Annual report of the Imperial Bacteriologist
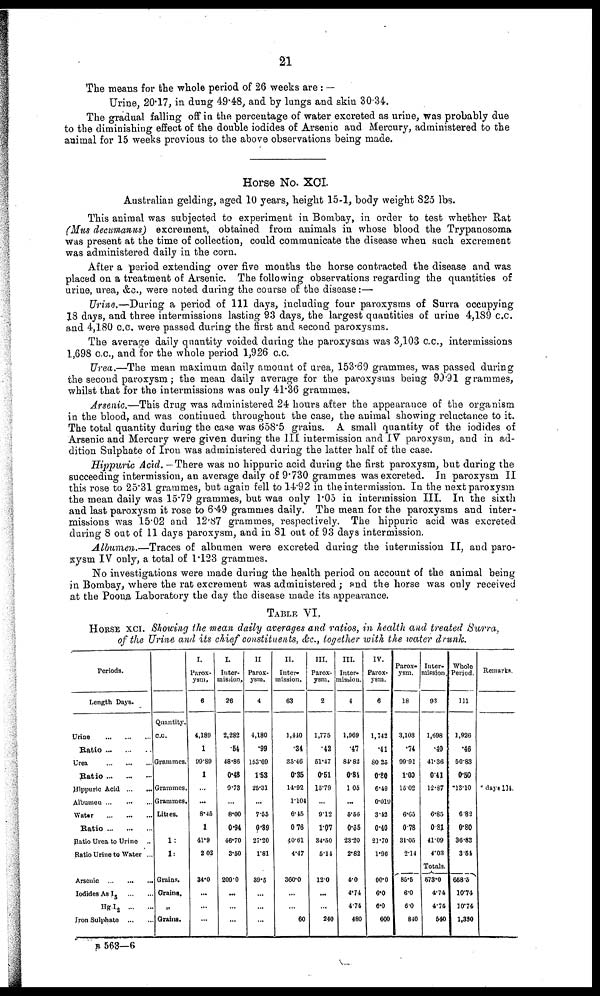
21
The means for the whole period of 26 weeks are : —
Urine, 20.17, in dung 49.48, and by lungs and skin 30.34.
The gradual falling off in the percentage of water excreted as urine, was probably due
to the diminishing effect of the double iodides of Arsenic and Mercury, administered to the
animal for 15 weeks previous to the above observations being made.
Horse No. XCI.
Australian gelding, aged 10 years, height 15-1, body weight 825 lbs.
This animal was subjected to experiment in Bombay, in order to test whether Rat
(Mus decumanus) excrement, obtained from animals in whose blood the Trypanosoma
was present at the time of collection, could communicate the disease when such excrement
was administered daily in the corn.
After a period extending over five months the horse contracted the disease and was
placed on a treatment of Arsenic. The following observations regarding the quantities of
urine, urea, &c., were noted during the course of the disease:—
Urine.—During a period of 111 days, including four paroxysms of Surra occupying
18 days, and three intermissions lasting 93 days, the largest quantities of urine 4,189 c.c.
and 4,180 c.c. were passed during the first and second paroxysms.
The average daily quantity voided during the paroxysms was 3,103 c.c., intermissions
1,698 c.c., and for the whole period 1,926 c.c.
Urea.—The mean maximum daily amount of urea, 153.69 grammes, was passed during
the second paroxysm; the mean daily average for the paroxysms being 99.91 grammes,
whilst that for the intermissions was only 41.36 grammes.
Arsenic.—This drug was administered 24 hours after the appearance of the organism
in the blood, and was continued throughout the case, the animal showing reluctance to it.
The total quantity during the case was 658.5 grains. A small quantity of the iodides of
Arsenic and Mercury were given during the III intermission and IV paroxysm, and in ad-
dition Sulphate of Iron was administered during the latter half of the case.
Hippuric Acid. — There was no hippuric acid during the first paroxysm, but during the
succeeding intermission, an average daily of 9.730 grammes was excreted. In paroxysm II
this rose to 25.31 grammes, but again fell to 14.92 in the intermission. In the next paroxysm
the mean daily was 15.79 grammes, but was only 1.05 in intermission III. In the sixth
and last paroxysm it rose to 6.49 grammes daily. The mean for the paroxysms and inter-
missions was 15.02 and 12.87 grammes, respectively. The hippuric acid was excreted
during 8 out of 11 days paroxysm, and in 81 out of 93 days intermission.
Albumen.—Traces of albumen were excreted during the intermission II, and paro-
xysm IV only, a total of 1.123 grammes.
No investigations were made during the health period on account of the animal being
in Bombay, where the rat excrement was administered; and the horse was only received
at the Poona Laboratory the day the disease made its appearance.
TABLE VI,
HORSE XCI. Showing the mean daily averages and ratios, in health and treated Surra,
of the Urine and its chief constituents, &c., together with the water drunk.
Periods.
Length Days.
Urine
Ratio
Urea
Ratio
Hippuric Acid
Albumeu
Water
Ratio
Ratio Urea to Urine ..
Ratio Urine to Water ...
Arsenic
Iodides As
I 3
Hg I 2
Iron Sulphate
Quantity.
c.c.
Grammes.
Grammes.
Grammes.
Litres.
1:
1:
Grains.
Grains.
„
Grains.
I.
Parox-
ysm.
6
4,189
1
99.89
1
...
8.45
1
41.9
2.02
34.0
...
...
I.
Inter-
mission.
26
2,282
.54
48.86
0.48
9.73
8.00
0.94
46.70
3.50
209.0
...
...
II
Parox-
ysm.
4
4,180
.99
153.69
1.53
25.31
...
7.55
0.89
27.20
1.81
39.5
...
...
II.
Inter-
mission.
63
1,440
.34
35.46
0.35
14.92
1.104
6.45
0 76
40.61
4.47
360.0
...
...
60
III.
Parox-
ysm.
2
1,775
.42
51.47
0.51
15.79
9.12
1.07
34.50
5.14
12.0
...
...
240
III.
Inter-
mission.
4
1,969
.47
84.82
0.84
1.05
...
5.56
0.35
23.20
2.82
4.0
4.74
4.74
480
IV.
Parox-
ysm.
6
1,742
.41
80 25
0.80
6.49
0.019
3.42
0.40
21.70
1.96
00.0
6.0
6.0
600
Parox¬
ysm.
18
3,103
.74
99.91
1.00
15.02
6.65
0.78
31.05
2.14
85.5
6.0
6.0
840
Inter-
mission.
93
1,698
.40
41.36
0.41
12.87
6.85
0 .81
41.09
4.03
Totals.
573.0
4.74
4.74
540
Whole
Period.
111
1,926
.46
50.83
0.50
*13.10
6.82
0.80
36.83
3.54
658.5
10.74
10.74
1,330
Remarks.
* days 104.
B 563—6